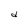
Character: d